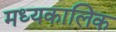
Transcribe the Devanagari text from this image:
मध्यकालिक